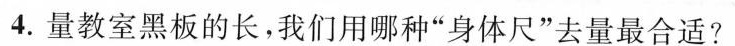
4.量教室黑板的长，我们用哪种”身体尺”去量最合适?